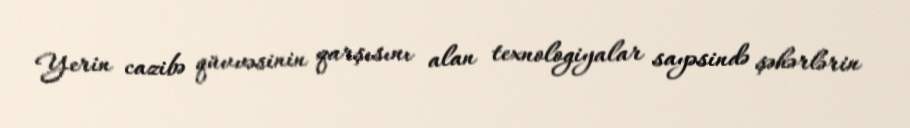
Yerin cazibə qüvvəsinin qarşısını alan texnologiyalar sayəsində şəhərlərin